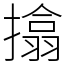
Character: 㩉